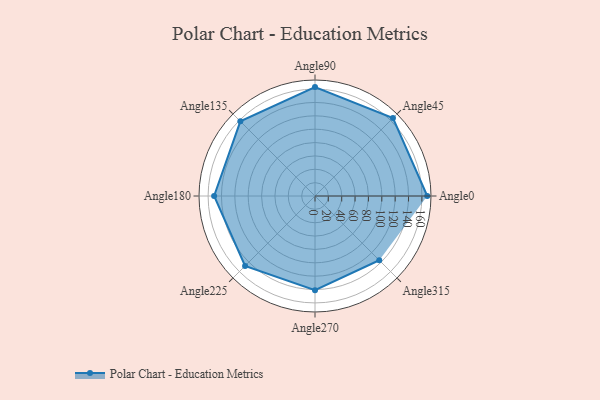
{"axis": {"x": "Angle", "y": "Radius"}, "legend": [""], "data": [{"x": "Angle0", "y": 168.0, "type": ""}, {"x": "Angle45", "y": 165.0, "type": ""}, {"x": "Angle90", "y": 163.0, "type": ""}, {"x": "Angle135", "y": 158.0, "type": ""}, {"x": "Angle180", "y": 151.0, "type": ""}, {"x": "Angle225", "y": 148.0, "type": ""}, {"x": "Angle270", "y": 141.0, "type": ""}, {"x": "Angle315", "y": 136.0, "type": ""}]}